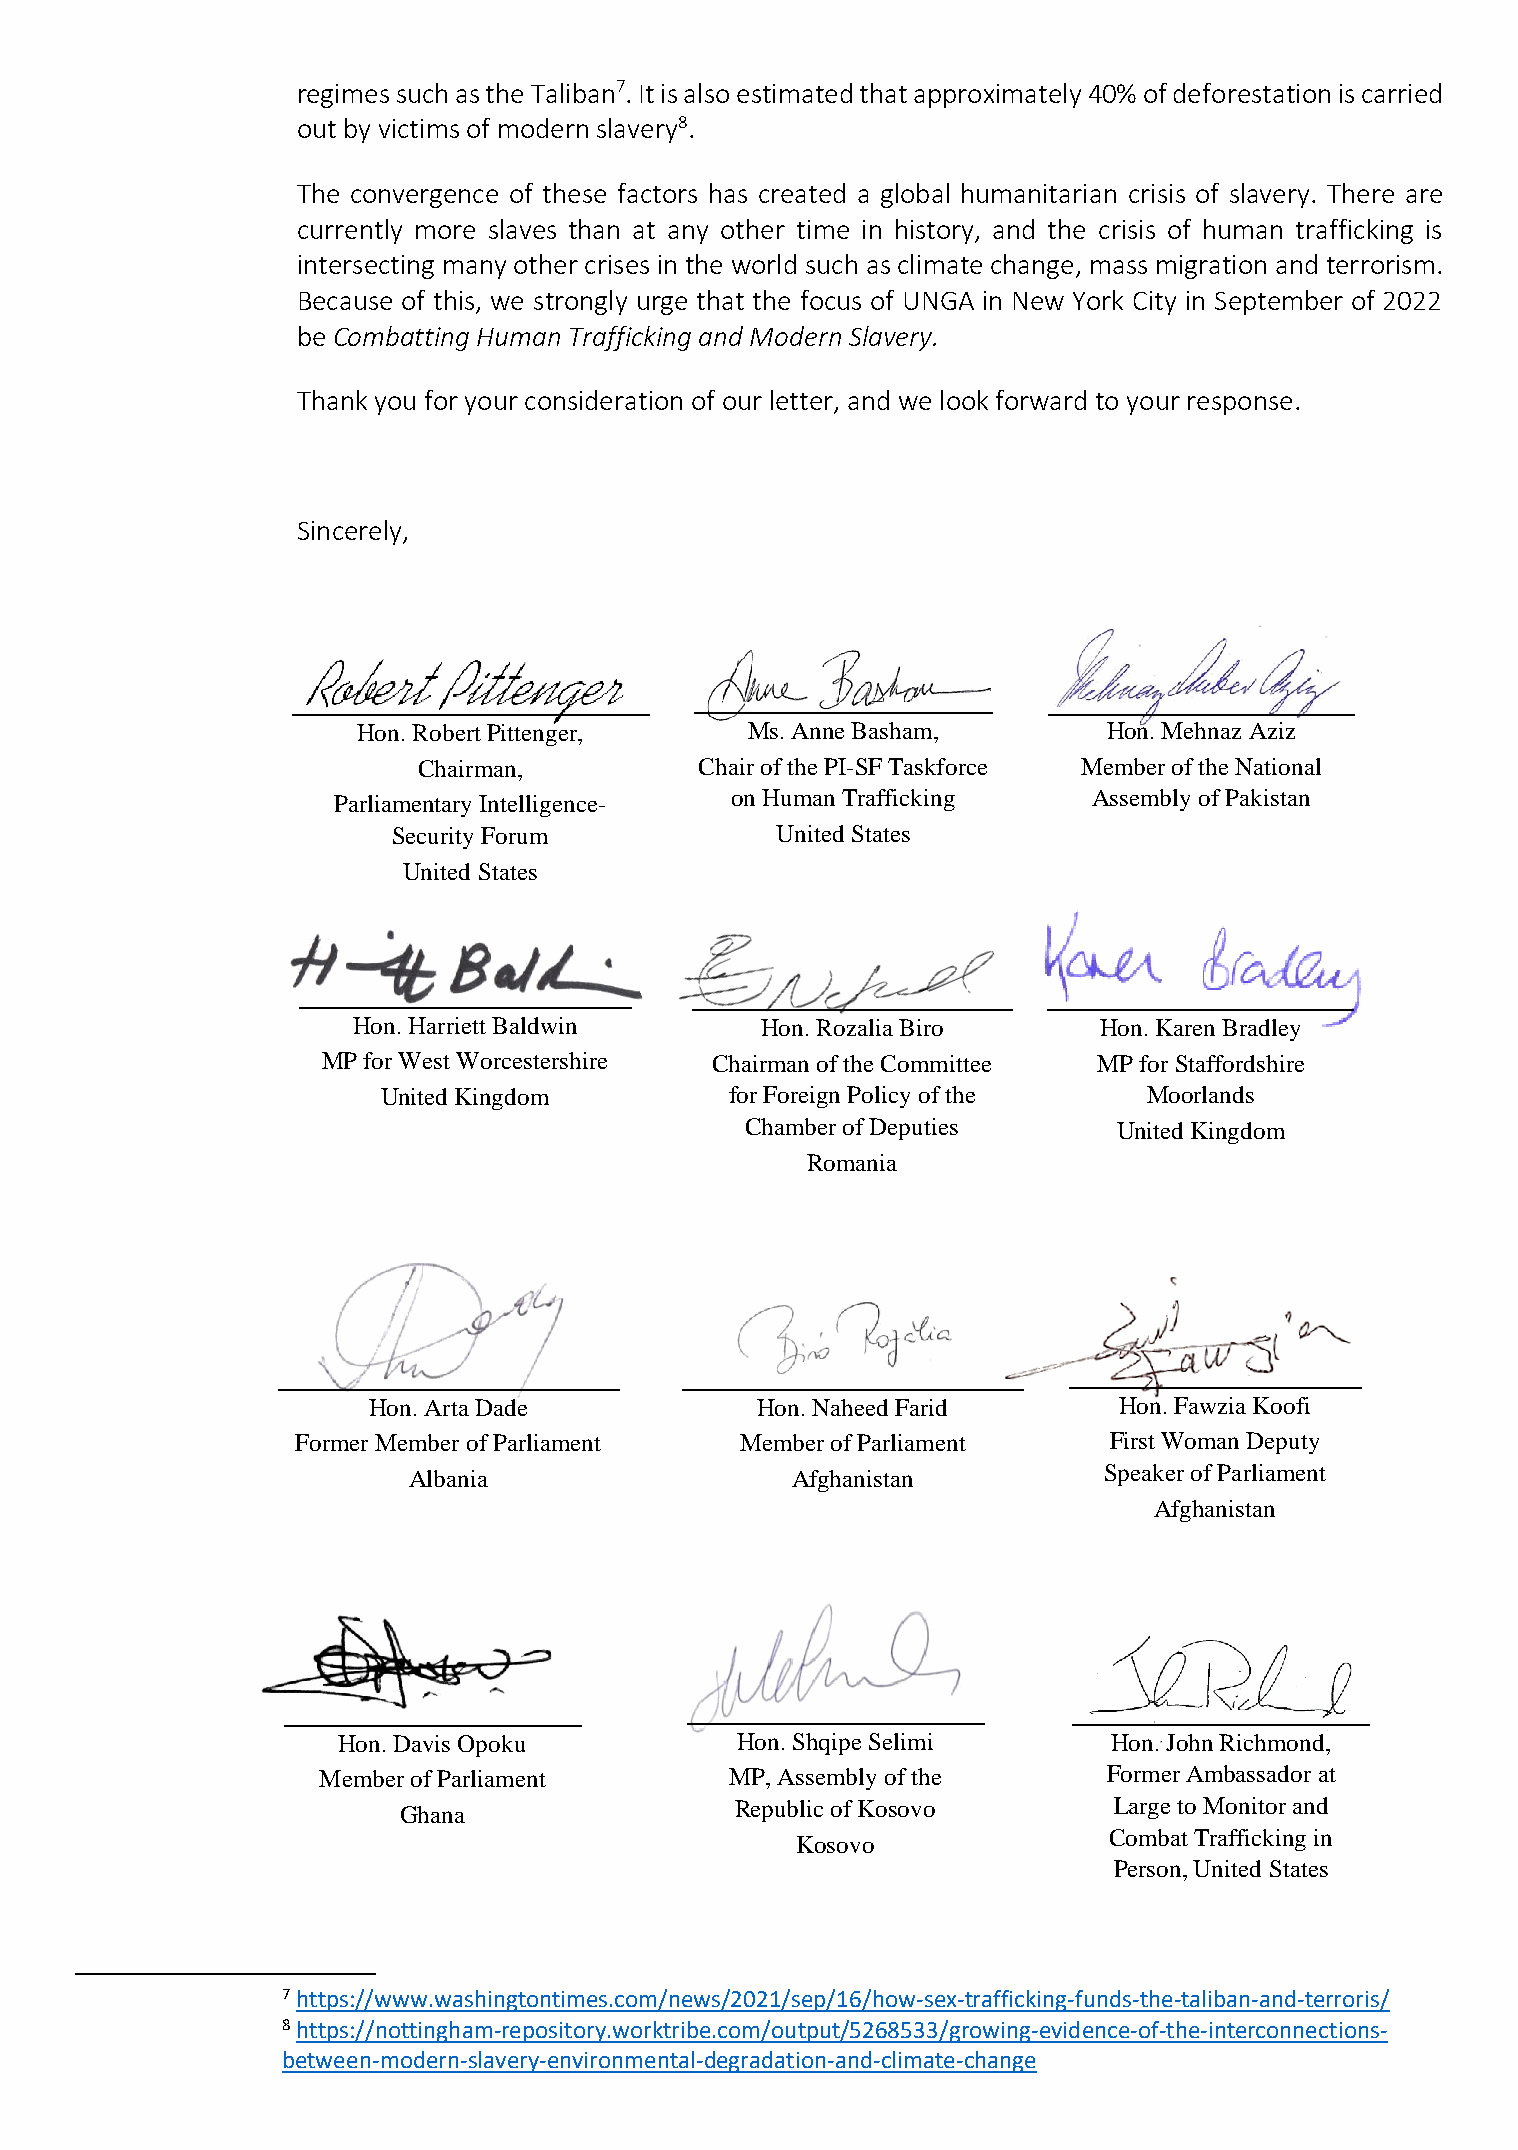
regimes such as the Taliban7. It is also estimated that approximately 40% of deforestation is carried
 out by victims of modern slavery8.
 The convergence of these factors has created a global humanitarian crisis of slavery. There are
 currently more slaves than at any other time in history, and the crisis of human trafficking is
 intersecting many other crises in the world such as climate change, mass migration and terrorism.
 Because of this, we strongly urge that the focus of UNGA in New York City in September of 2022
 be Combatting Human Trafficking and Modern Slavery.
 Thank you for your consideration of our letter, and we look forward to your response.
 Sincerely,
 Hon. Robert Pittenger,   Ms. Anne Basham,        Hon. Mehnaz Aziz
 Chairman,         Chair of the PI-SF Taskforce Member of the National
 Parliamentary Intelligence- on Human Trafficking  Assembly of Pakistan
 Security Forum           United States
 United States
 Hon. Harriett Baldwin      Hon. Ro zalia Biro     Hon. Karen Bradley
 MP for West Worcestershire Chairman of the Committee MP for Staffordshire
 United Kingdom         for Foreign Policy of the   Moorlands
 Chamber of Deputies      United Kingdom
 Romania
 Hon. Arta Dade            Hon. Naheed Farid       Hon. Fawzia Koofi
 Former Member of Parliament  Member of Parliament    First Woman Deputy
 Albania                  Afghanistan          Speaker of Parliament
 Afghanistan
 Hon. Davis Opoku           Hon. Shqipe Selimi       Hon. John Richmond,
 Member of Parliament       MP, Assembly of the      Former Ambassador at
 Ghana                  Republic of Kosovo       Large to Monitor and
 Kosovo
 Combat Trafficking in
 Person, United States
 7 https://www.washingtontimes.com/news/2021/sep/16/how-sex-trafficking-funds-the-taliban-and-terroris/
 8 https://nottingham-repository.worktribe.com/output/5268533/growing-evidence-of-the-interconnections-
 between-modern-slavery-environmental-degradation-and-climate-change